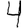
Digit: 4